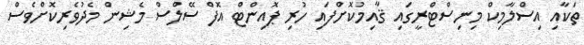
ތަކާއި އިސްލާމިކް މިނިސްޓްރީގައި ޤާއިމުކޮށްފައި ހުރި ޕޮއިންޓް އޮފް ސޭލްސް މެޝިން މެދުވެރިކޮށްވެސް